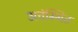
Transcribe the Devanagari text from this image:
अचंम्भित